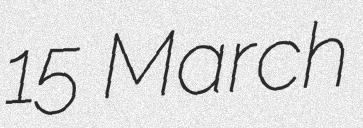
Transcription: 15 March